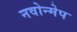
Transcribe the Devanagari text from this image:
नवोन्मेप